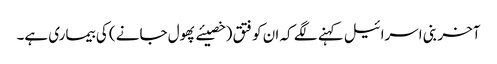
آخر بنی اسرائیل کہنے لگے کہ ان کو فتق (خصیئے پھول جانے ) کی بیماری ہے۔